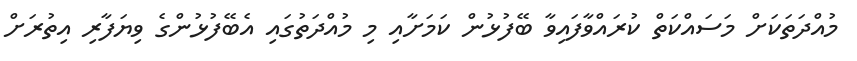
މުއްދަތަކަށް މަސައްކަތް ކުރައްވާފައިވާ ބޭފުޅުން ކަމަށާއި މި މުއްދަތުގައި އެބޭފުޅުންގެ ވިޔަފާރި އިތުރަށް